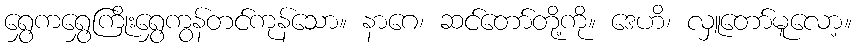
ရွှေကရွှေကြိုးရွှေကွန်တင်ကုန်သော။ နာဂေ၊ ဆင်တော်တို့ကို။ ဒေဟိ၊ လှူတော်မူလော့။